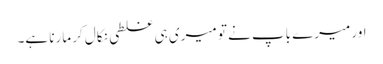
اور میرے باپ نے تو میری ہی غلطی نکال کر مارنا ہے۔